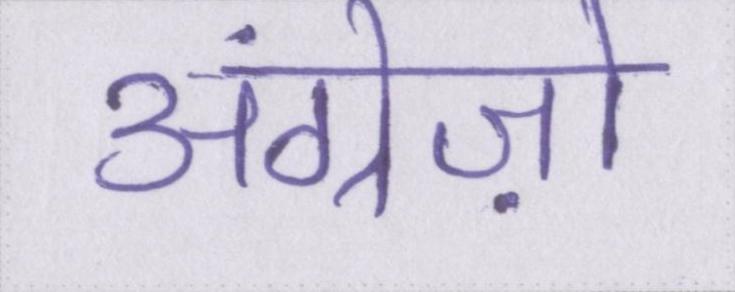
अंग्रेज़ो